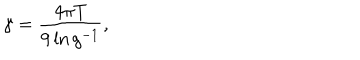
LaTeX: \gamma = \frac { 4 \pi T } { 9 \ln g ^ { - 1 } } ,